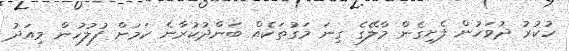
ހުކުރު ދުވަހުން ފެށިގެން މާލޭގެ ގިނަ މަގުތަކެއް ބަންދުކުރާނެ ކަމަށް ފުލުހުން މިއަދު